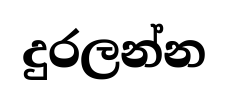
දුරලන්න